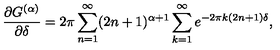
\frac { \partial G ^ { ( \alpha ) } } { \partial \delta } = 2 \pi \sum _ { n = 1 } ^ { \infty } ( 2 n + 1 ) ^ { \alpha + 1 } \sum _ { k = 1 } ^ { \infty } e ^ { - 2 \pi k ( 2 n + 1 ) \delta } ,